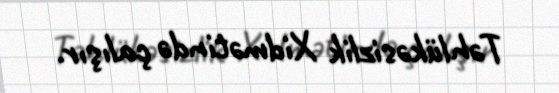
Təhlükəsizlik Xidmətində çalışır.